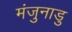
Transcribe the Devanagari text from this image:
मंजुनाडु